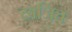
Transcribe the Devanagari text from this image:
खजित